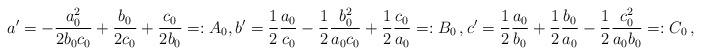
LaTeX: \begin{align*} a^\prime =-\frac {a_0^2}{2 b_0c_0}+ \frac {b_0} {2c_0} + \frac {c_0}{2b_0} = : A_0 , b^\prime =\frac 12 \frac {a_0}{c_0}-\frac 12 \frac {b_0^2} {a_0c_0} +\frac 12 \frac {c_0}{a_0} = : B_0\,, c^\prime =\frac 12 \frac {a_0}{b_0}+\frac 12 \frac {b_0} {a_0} -\frac 12 \frac {c_0^2}{a_0b_0} =: C_0\,,\end{align*}